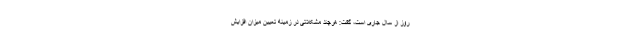
روز از سال جاری است، گفت: هرچند مشکلاتی در زمینه تعیین میزان افزایش